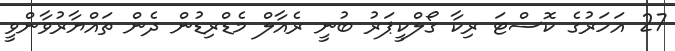
27 އަހަރުގެ ކޮސްޓަ ރިކާ ގޯލްކީޕަރު ބުނީ ރެއާލް މެޑްރިޑުން ދެން ތައްޔާރުވާންވީ